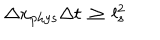
\Delta x _ { \mathrm { p h y s } } \Delta t \, \geq \, l _ { s } ^ { 2 }